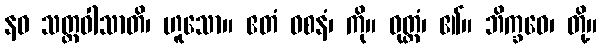
နဝ သတ္တဝါသာတိ၊ ဟူသော။ ဧတံ ဝစနံ၊ ကို။ ဝုတ္တံ၊ ၏။ ဘိက္ခဝေ၊ တို့။